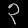
Digit: ၃